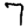
Digit: 7